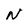
Character: N